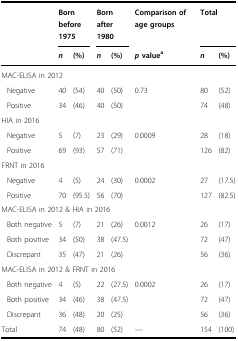
<table><thead><tr><td></td><td colspan="2"><b>Born before 1975</b></td><td colspan="2"><b>Born after 1980</b></td><td><b>Comparison of age groups</b></td><td colspan="2"><b>Total</b></td></tr><tr><td></td><td><b><i>n</i></b></td><td><b>(%)</b></td><td><b><i>n</i></b></td><td><b>(%)</b></td><td><b><i>p</i> value<sup>a</sup></b></td><td><b><i>n</i></b></td><td><b>(%)</b></td></tr></thead><tbody><tr><td colspan="8">MAC-ELISA in 2012</td></tr><tr><td>Negative</td><td>40</td><td>(54)</td><td>40</td><td>(50)</td><td rowspan="2">0.73</td><td>80</td><td>(52)</td></tr><tr><td>Positive</td><td>34</td><td>(46)</td><td>40</td><td>(50)</td><td>74</td><td>(48)</td></tr><tr><td colspan="8">HIA in 2016</td></tr><tr><td>Negative</td><td>5</td><td>(7)</td><td>23</td><td>(29)</td><td rowspan="2">0.0009</td><td>28</td><td>(18)</td></tr><tr><td>Positive</td><td>69</td><td>(93)</td><td>57</td><td>(71)</td><td>126</td><td>(82)</td></tr><tr><td colspan="8">FRNT in 2016</td></tr><tr><td>Negative</td><td>4</td><td>(5)</td><td>24</td><td>(30)</td><td rowspan="2">0.0002</td><td>27</td><td>(17.5)</td></tr><tr><td>Positive</td><td>70</td><td>(95.5)</td><td>56</td><td>(70)</td><td>127</td><td>(82.5)</td></tr><tr><td colspan="8">MAC-ELISA in 2012 &amp; HIA in 2016</td></tr><tr><td>Both negative</td><td>5</td><td>(7)</td><td>21</td><td>(26)</td><td rowspan="3">0.0012</td><td>26</td><td>(17)</td></tr><tr><td>Both positive</td><td>34</td><td>(50)</td><td>38</td><td>(47.5)</td><td>72</td><td>(47)</td></tr><tr><td>Discrepant</td><td>35</td><td>(47)</td><td>21</td><td>(26)</td><td>56</td><td>(36)</td></tr><tr><td colspan="8">MAC-ELISA in 2012 &amp; FRNT in 2016</td></tr><tr><td>Both negative</td><td>4</td><td>(5)</td><td>22</td><td>(27.5)</td><td rowspan="3">0.0002</td><td>26</td><td>(17)</td></tr><tr><td>Both positive</td><td>34</td><td>(46)</td><td>38</td><td>(47.5)</td><td>72</td><td>(47)</td></tr><tr><td>Discrepant</td><td>36</td><td>(48)</td><td>20</td><td>(25)</td><td>56</td><td>(36)</td></tr><tr><td>Total</td><td>74</td><td>(48)</td><td>80</td><td>(52)</td><td>—</td><td>154</td><td>(100)</td></tr></tbody></table>